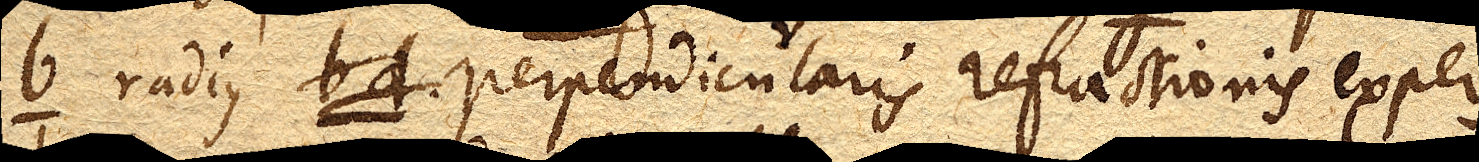
b radius bd perpendicularis refractionis expers